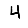
Digit: 4